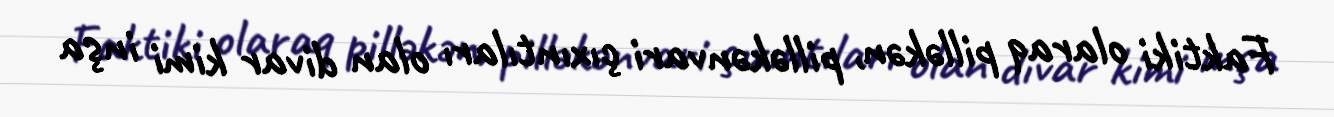
Faktiki olaraq pilləkən, pilləkənvari çıxıntıları olan divar kimi inşa